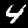
Label: 4